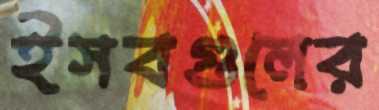
ইসবগুলের